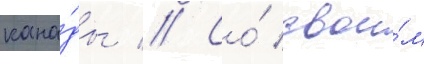
кана́ды // Со́ свои́м